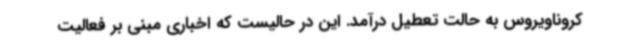
کروناویروس به حالت تعطیل درآمد. این در حالیست که اخباری مبنی بر فعالیت